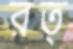
রত্